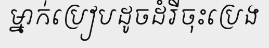
ម្នាក់ប្រៀបដូចដំរីចុះប្រេង